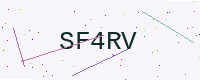
Text: SF4RV